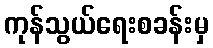
ကုန်သွယ်ရေးစခန်းမှ